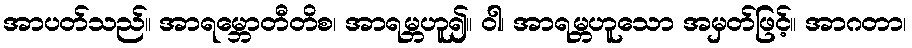
အာပတ်သည်။ အာရမ္ဘောတီတိစ၊ အာရမ္ဘဟူ၍။ ဝါ၊ အာရမ္ဘဟူသော အမှတ်ဖြင့်။ အာဂတာ၊